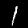
Digit: 1